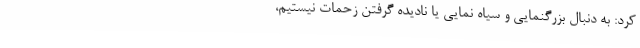
کرد: به دنبال بزرگنمایی و سیاه نمایی یا نادیده گرفتن زحمات نیستیم،